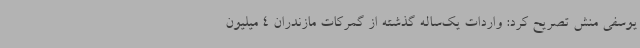
یوسفی منش تصریح کرد: واردات یک‌ساله گذشته از گمرکات مازندران 4 میلیون